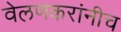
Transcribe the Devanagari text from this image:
वेलणकरांनीच